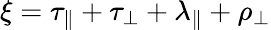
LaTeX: \xi=\tau_{\parallel}+\tau_{\perp}+\lambda_{\parallel}+\rho_{\perp}